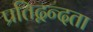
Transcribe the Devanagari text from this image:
प्रतिद्वन्दता